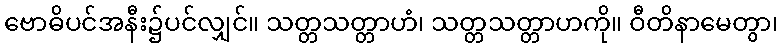
ဗောဓိပင်အနီး၌ပင်လျှင်။ သတ္တသတ္တာဟံ၊ သတ္တသတ္တာဟကို။ ဝီတိနာမေတွာ၊